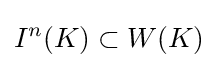
I^{n}(K)\subset W(K)